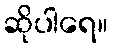
ဆိုပါရေ။